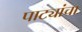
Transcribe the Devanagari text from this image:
पाट्यांचा